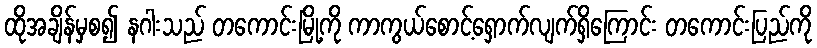
ထိုအချိန်မှစ၍ နဂါးသည် တကောင်းမြို့ကို ကာကွယ်စောင့်ရှောက်လျက်ရှိကြောင်း တကောင်းပြည်ကို